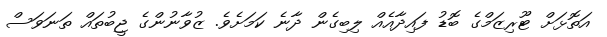
އަތޮޅަށް ޓޫރިޒަމްގެ ބޮޑު ފައިދާއެއް ލިބިގެން ދާނެ ކަމަށެވެ. ޒުވާނުންގެ ޖީބުތައް ތަނަވަސް